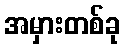
အမှားတစ်ခု